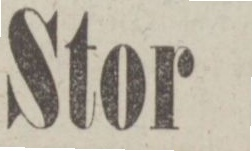
Skoarbeten,